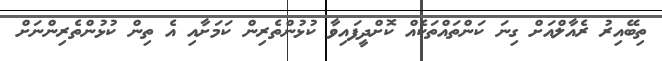
ތިބޭއިރު ރެއާލްއަށް ގިނަ ކަންތައްތަކެއް ކޮށްދީފައިވާ ކުޅުންތެރިން ކަމަށާއި އެ ތިން ކުޅުންތެރިންނަށް